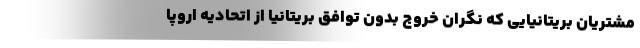
مشتریان بریتانیایی که نگران خروج بدون توافق بریتانیا از اتحادیه اروپا